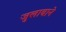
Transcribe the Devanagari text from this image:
जुलाबाने